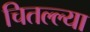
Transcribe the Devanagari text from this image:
चितल्ल्या